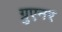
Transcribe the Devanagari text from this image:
ग्रुएनर